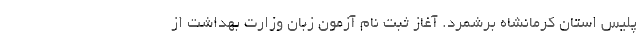
پلیس استان کرمانشاه برشمرد. آغاز ثبت نام آزمون زبان وزارت بهداشت از